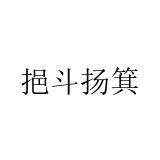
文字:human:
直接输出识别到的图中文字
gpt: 挹斗扬箕